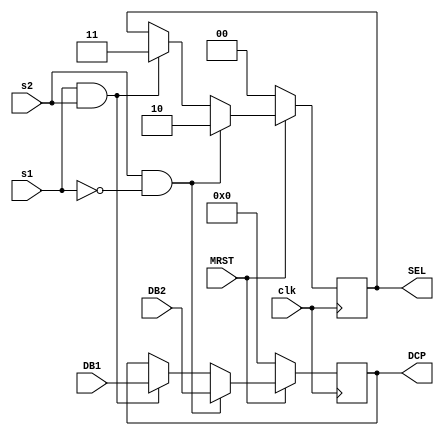
module DAP (clk, MRST, s1,s2, DB1, DB2, DCP, SEL);
input clk;
input MRST;
input [31:0] DB1, DB2;
input s1, s2;
output reg[31:0] DCP;
output reg[1:0] SEL;

always @(posedge clk)
begin

if (MRST == 1'b0)
begin
DCP <= 32'b0;
SEL <= 2'b00;
end
else if ((s2 == 1'b1) && (s1 == 1'b0))
begin
DCP <= DB2;
SEL <= 2'b10;
end

else if ((s1 == 1'b1) && (s2 == 1'b1))
begin
DCP <= DB1;
SEL <= 2'b11;
end


end

endmodule